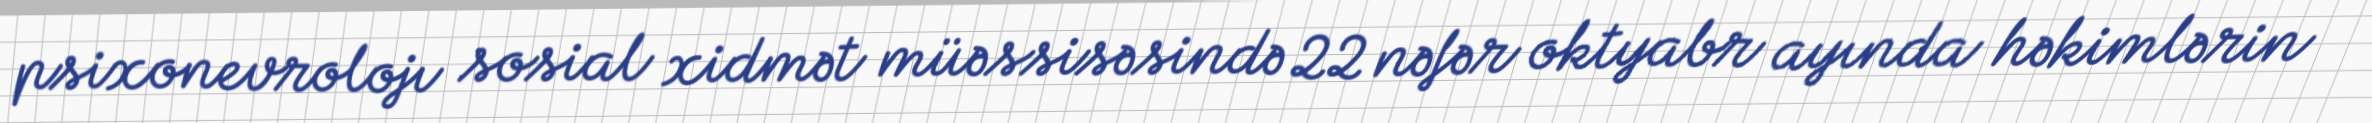
psixonevrolojı sosial xidmət müəssisəsində 22 nəfər oktyabr ayında həkimlərin